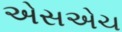
એસએચ